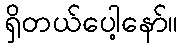
ရှိတယ်ပေါ့နော်။